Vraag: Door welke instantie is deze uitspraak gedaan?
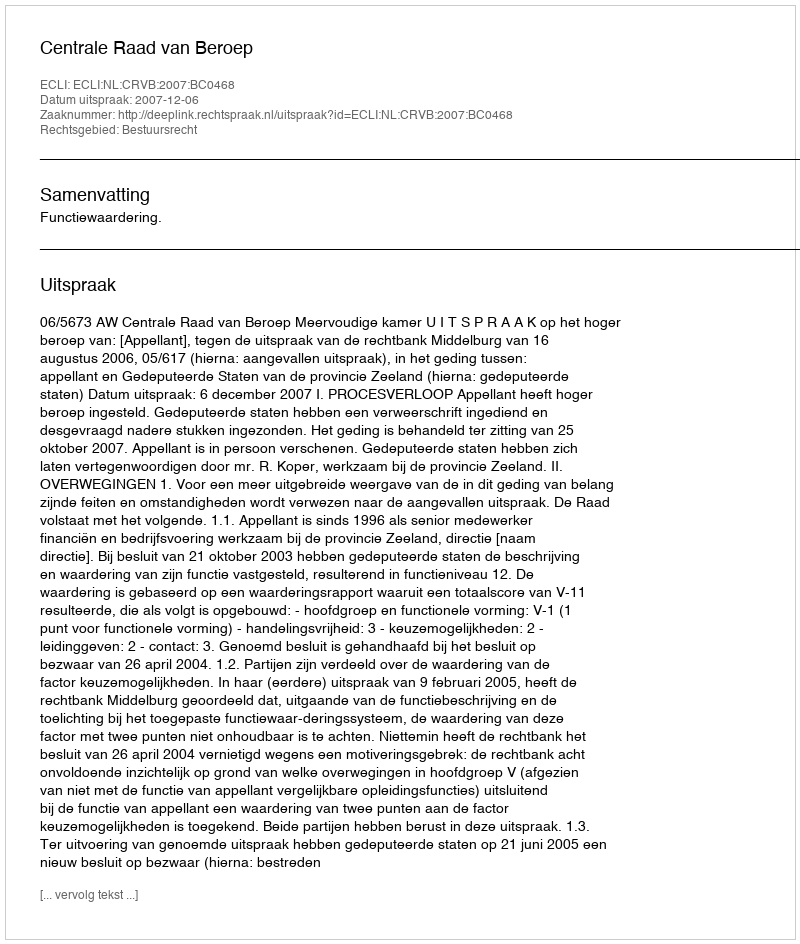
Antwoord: Centrale Raad van Beroep